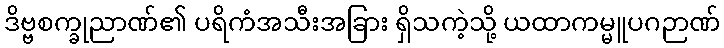
ဒိဗ္ဗစက္ခုညာဏ်၏ ပရိကံအသီးအခြား ရှိသကဲ့သို့ ယထာကမ္မူပဂဉာဏ်